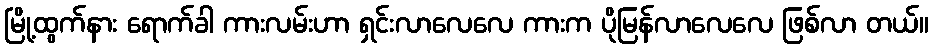
မြို့ထွက်နား ရောက်ခါ ကားလမ်းဟာ ရှင်းလာလေလေ ကားက ပိုမြန်လာလေလေ ဖြစ်လာ တယ်။